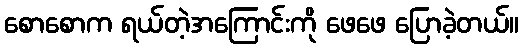
စောစောက ရယ်တဲ့အကြောင်းကို ဖေဖေ ပြောခဲ့တယ်။